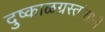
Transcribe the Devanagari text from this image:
दुष्काळग्रस्तांसाठी